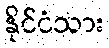
နိုင်ငံသား